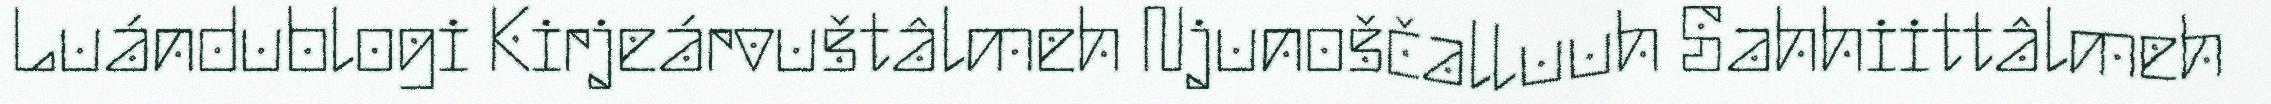
Luándublogi Kirjeárvuštâlmeh Njunoščalluuh Sahhiittâlmeh